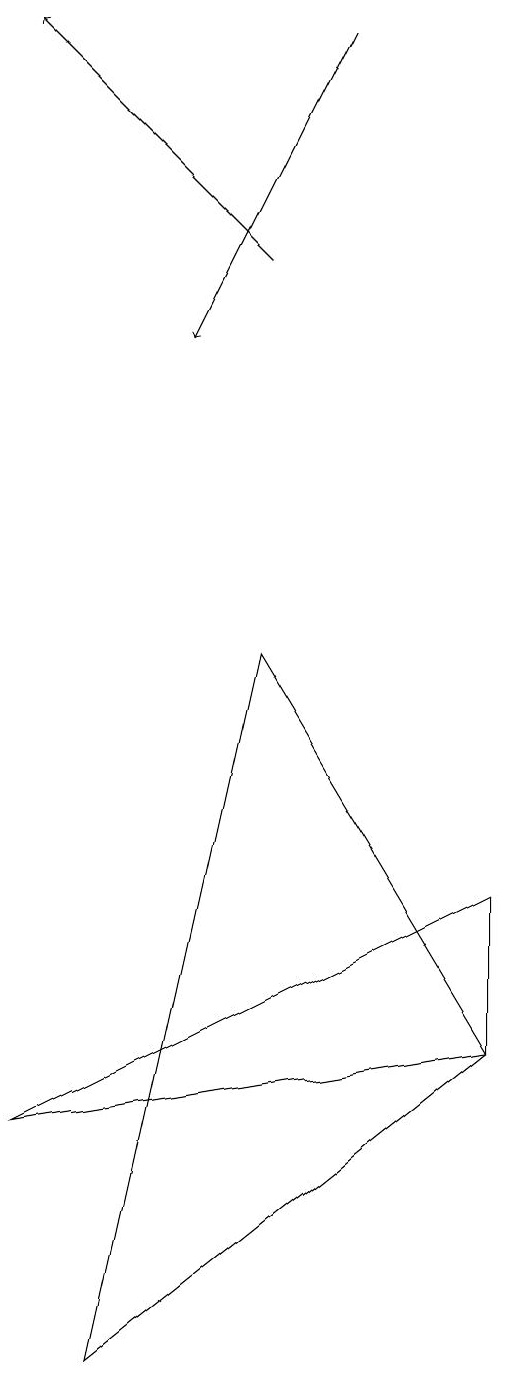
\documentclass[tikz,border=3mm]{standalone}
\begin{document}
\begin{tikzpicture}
\draw (5,9) -- (3,0) -- (8,4) -- cycle;
\draw (2,3) -- (8,6) -- (8,4) -- cycle;
\draw[->] (6,17) -- (4,13);
\draw[->] (5,14) -- (2,17);
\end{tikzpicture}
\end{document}